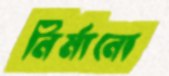
নির্মানো